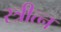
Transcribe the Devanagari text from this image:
स्त्रीत्न